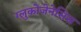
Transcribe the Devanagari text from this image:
ग्लुकोजेनेसिस